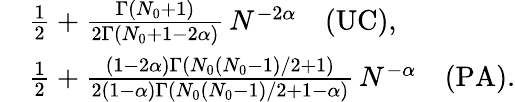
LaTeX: \begin{array}{rl}&{\frac{1}{2}+\frac{\Gamma(N_{0}+1)}{2\Gamma(N_{0}+1-2\alpha)}\, N^{-2\alpha}\quad\mathrm{(UC)},}\\ &{\frac{1}{2}+\frac{(1-2\alpha)\Gamma(N_{0}(N_{0}-1)/2+1)}{2(1-\alpha)\Gamma(N_{0}(N_{0}-1)/2+1-\alpha)}\, N^{-\alpha}\quad\mathrm{(PA)}.}\end{array}